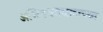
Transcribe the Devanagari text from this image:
अभिनयसम्राटाच्या